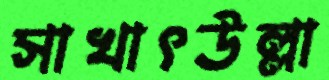
সাখাৎউল্লা